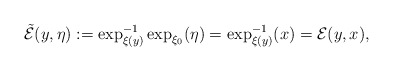
\begin{align*}\tilde{\mathcal{E}}(y,\eta):=\exp_{\xi(y)}^{-1}\exp_{\xi_{0}}(\eta)=\exp_{\xi(y)}^{-1}(x)=\mathcal{E}(y,x),\end{align*}